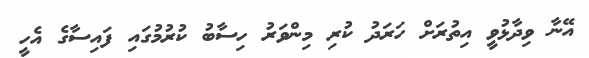
އޭނާ ވިދާޅުވީ އިތުރަށް ހަރަދު ކުރި މިންވަރު ހިސާބު ކުރުމުގައި ފައިސާގެ އެހީ